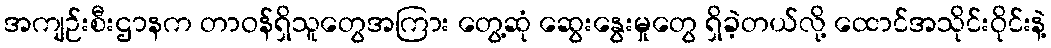
အကျဉ်းစီးဌာနက တာဝန်ရှိသူတွေအကြား တွေ့ဆုံ ဆွေးနွေးမှုတွေ ရှိခဲ့တယ်လို့ ထောင်အသိုင်းဝိုင်းနဲ့